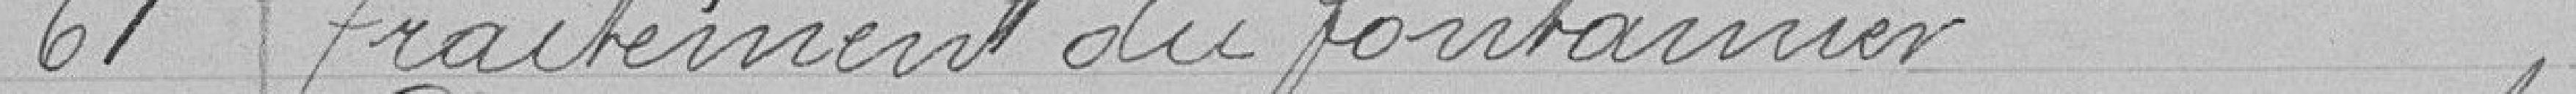
61 Traitement du fontainier